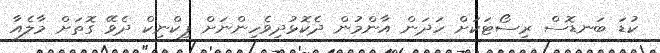
ކުޑަ ބަނޑޮސް ރިސޯޓަކަށް ހަދަން އާންމުން ދެކޮޅުދިވެހިންނަށް ޕިކްނިކް ދެވޭ ގޮތަށް މާލެއާ